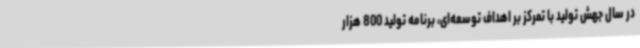
در سال جهش تولید با تمرکز بر اهداف توسعه‌ای، برنامه تولید 800 هزار